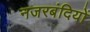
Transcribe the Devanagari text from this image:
नजरबंदियों